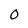
Character: 0